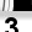
Digit: 3